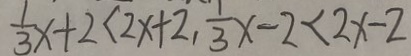
\frac { 1 } { 3 } x + 2 < 2 x + 2 , \frac { 1 } { 3 } x - 2 < 2 x - 2